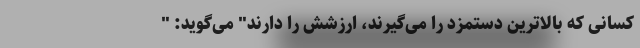
کسانی که بالاترین دستمزد را می‌گیرند،‌ ارزشش را دارند" می‌گوید: "